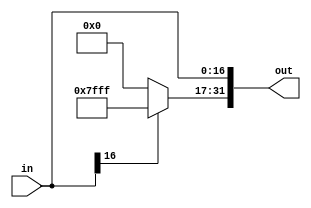
//sign extender for immediates
module signext1732(in, out);

	  input [16:0] in;
	  output [31:0] out;
	  wire [14:0] signbits;
	  
	  assign signbits = in[16] ? 15'b111111111111111 : 15'b000000000000000;
	  assign out = {signbits, in};
	
endmodule